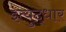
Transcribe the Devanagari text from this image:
इत्युद्धार